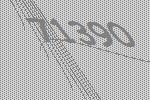
71390